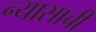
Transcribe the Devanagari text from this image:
न्यासाची